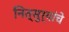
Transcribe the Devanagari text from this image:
नित्सुर्‍यांचे